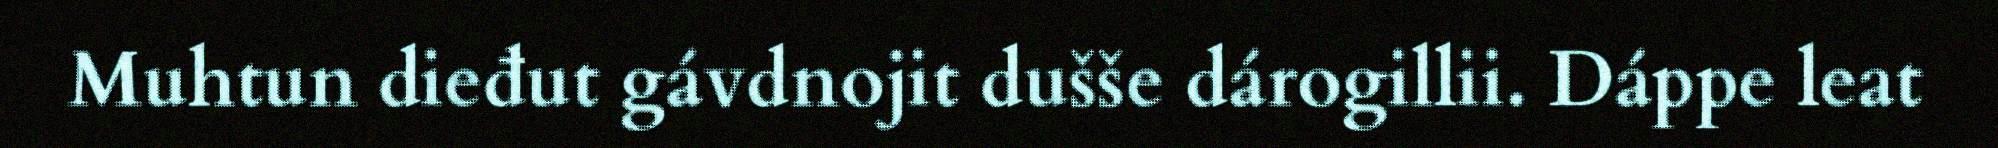
Muhtun dieđut gávdnojit dušše dárogillii. Dáppe leat